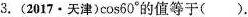
3.(2017·天津)\cos60^{\circ}的值等于().